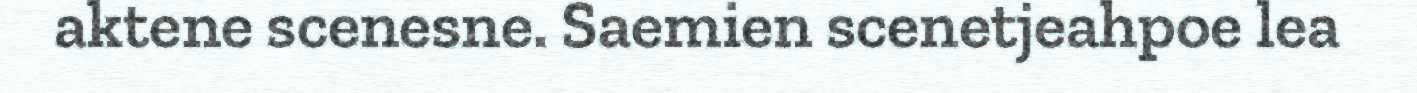
aktene scenesne. Saemien scenetjeahpoe lea